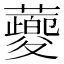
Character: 蘷